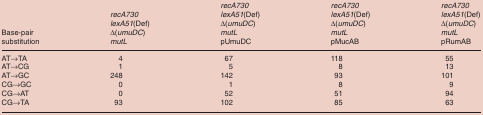
<table><thead><tr><td><b>Base-pair substitution</b></td><td><b><i>recA730 lexA51</i>(Def) Δ(<i>umuDC</i>) <i>mutL</i></b></td><td><b><i>recA730 lexA51</i>(Def) Δ(<i>umuDC</i>) <i>mutL</i> pUmuDC</b></td><td><b><i>recA730 lexA51</i>(Def) Δ(<i>umuDC</i>) <i>mutL</i> pMucAB</b></td><td><b><i>recA730 lexA51</i>(Def) Δ(<i>umuDC</i>) <i>mutL</i> pRumAB</b></td></tr></thead><tbody><tr><td>AT→TA</td><td>4</td><td>67</td><td>118</td><td>55</td></tr><tr><td>AT→CG</td><td>1</td><td>5</td><td>8</td><td>13</td></tr><tr><td>AT→GC</td><td>248</td><td>142</td><td>93</td><td>101</td></tr><tr><td>CG→GC</td><td>0</td><td>1</td><td>8</td><td>9</td></tr><tr><td>CG→AT</td><td>0</td><td>52</td><td>51</td><td>94</td></tr><tr><td>CG→TA</td><td>93</td><td>102</td><td>85</td><td>63</td></tr></tbody></table>